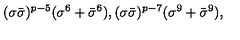
( \sigma \bar { \sigma } ) ^ { p - 5 } ( \sigma ^ { 6 } + \bar { \sigma } ^ { 6 } ) , ( \sigma \bar { \sigma } ) ^ { p - 7 } ( \sigma ^ { 9 } + \bar { \sigma } ^ { 9 } ) ,